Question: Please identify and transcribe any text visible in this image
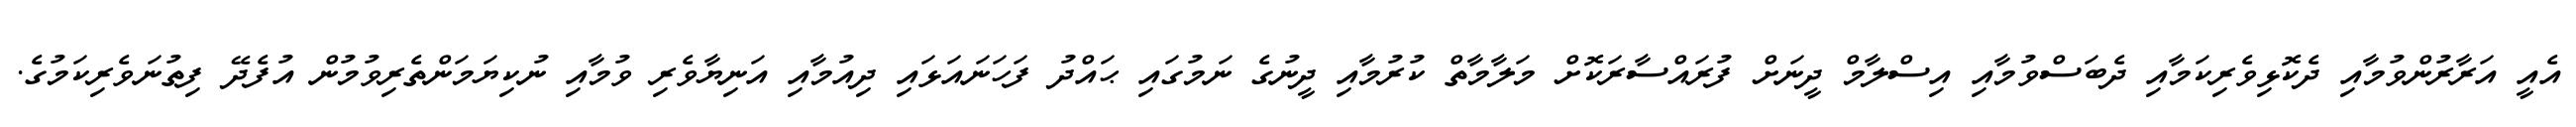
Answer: އެއީ އަރާރުންވުމާއި ދެކޮޅިވެރިކަމާއި ދެބަސްވުމާއި އިސްލާމް ދީނަށް ފުރައްސާރަކޮށް މަލާމާތް ކުރުމާއި ދީނުގެ ނަމުގައި ޙައްދު ފަހަނައަޅައި ދިއުމާއި އަނިޔާވެރި ވުމާއި ނުކިޔަމަންތެރިވުމުން އުފެދޭ ފިތުނަވެރިކަމުގެ.